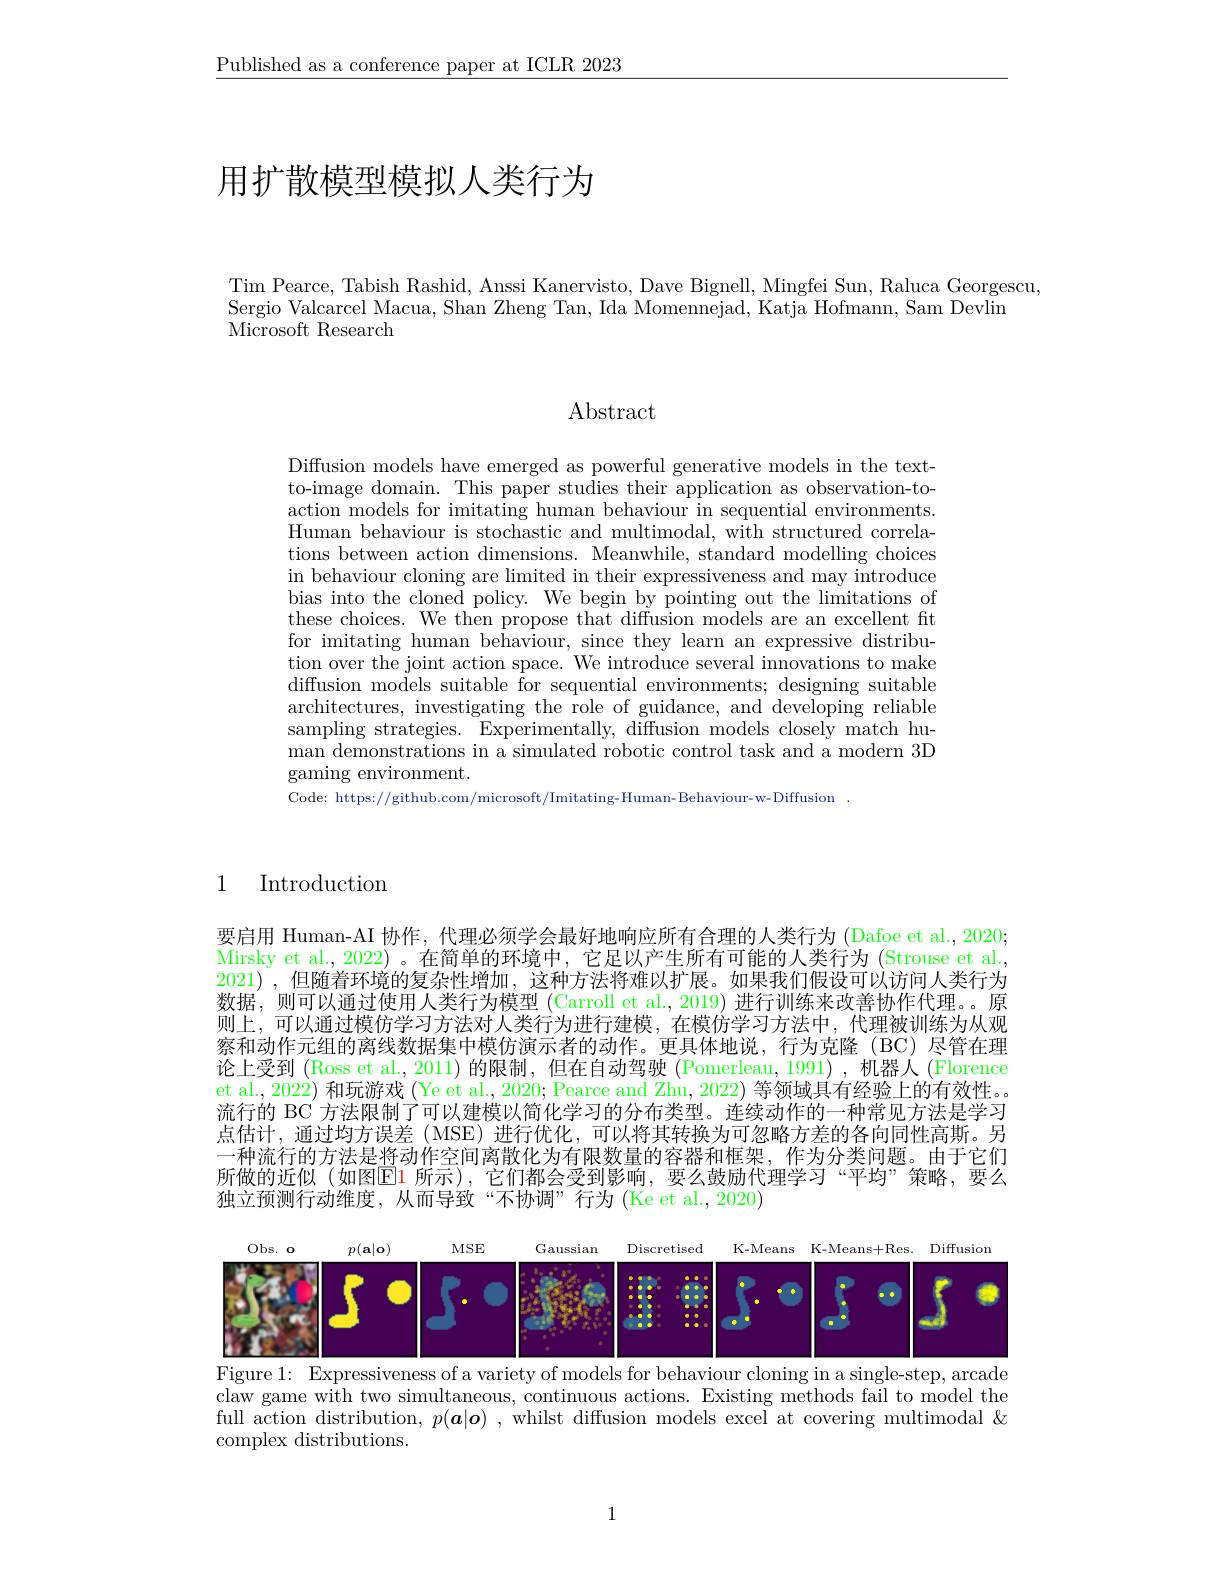
$\underline{\text{Published as a conference paper at ICLR 2023}}$

# 用扩散模型模拟人类行为

Tim Pearce, Tabish Rashid, Anssi Kanervisto, Dave Bignell, Mingfei Sun, Raluca Georgescu,
Sergio Valcarcel Macua, Shan Zheng Tan, Ida Momennejad, Katja Hofmann, Sam Devlin
Microsoft Research

Abstract

Diffusion models have emerged as powerful generative models in the textto-image domain. This paper studies their application as observation-toaction models for imitating human behaviour in sequential environments. Human behaviour is stochastic and multimodal, with structured correlations between action dimensions. Meanwhile, standard modelling choices in behaviour cloning are limited in their expressiveness and may introduce bias into the cloned policy. We begin by pointing out the limitations of these choices. We then propose that diffusion models are an excellent fit for imitating human behaviour, since they learn an expressive distribu- $\bar{\text{tion over the joint action space. We introduce several innovations to make}}$ diffusion models suitable for sequential environments; designing suitable architectures, investigating the role of guidance, and developing reliable sampling strategies. Experimentally, diffusion models closely match human demonstrations in a simulated robotic control task and a modern 3D gaming environment.
Code: https://github.com/microsoft/Imitating-Human-Behaviour-w-Diffusion.

1

Introduction

要启用 Human-AI 协作，代理必须学会最好地响应所有合理的人类行为 (Dafoe et al., 2020; Mirsky et al., 2022) 。在简单的环境中，它足以产生所有可能的人类行为 (Strouse et al., 2021) ,但随着环境的复杂性增加 ,这种方法将难以扩展。如果我们假设可以访问人类行为数据，则可以通过使用人类行为模型 (Carroll et al., 2019) 进行训练来改善协作代理。。原则上，可以通过模仿学习方法对人类行为进行建模，在模仿学习方法中，代理被训练为从观察和动作元组的离线数据集中模仿演示者的动作。更具体地说，行为克隆(BC)尽管在理论上受到 (Ross et al., 2011) 的限制，但在自动驾驶(Pomerleau, 1991) ,机器人 (Florence et al., 2022) 和玩游戏 (Ye et al., 2020; Pearce and Zhu, 2022) 等领域具有经验上的有效性。流行的 BC 方法限制了可以建模以简化学习的分布类型。连续动作的一种常见方法是学习点估计，通过均方误差 (MSE)进行优化，可以将其转换为可忽略方差的各向同性高斯。另一种流行的方法是将动作空间离散化为有限数量的容器和框架，作为分类问题。由于它们所做的近似(如图$\color{red}{\mathrm{E}}$1 所示),它们都会受到影响，要么鼓励代理学习“平均”策略，要么独立预测行动维度，从而导致“不协调”行为(Ke et al., 2020)

<FigureHere>
Figure 1: Expressiveness of a variety of models for behaviour cloning in a single-step, arcade

claw game with two simultaneous, continuous actions. Existing methods fail to model the full action distribution, $p(\boldsymbol{a}|\boldsymbol{o})$ , whilst diffusion models excel at covering multimodal & complex distributions.